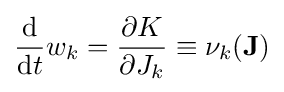
{\frac {\mathrm {d} }{\mathrm {d} t}}w_{k}={\frac {\partial K}{\partial J_{k}}}\equiv \nu _{k}(\mathbf {J} )